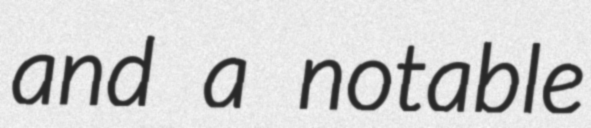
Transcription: and a notable